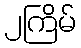
၂ကြိမ်